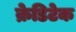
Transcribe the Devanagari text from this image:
क्रेडिटेक